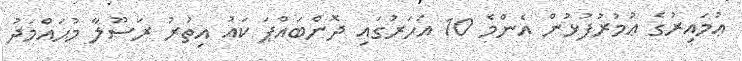
ޢުމައިރުގެ ޢުމުރުފުޅުން އެންމެ 10 އަހަރުގައި ދޮންބައްޕަ ކައު އިތުރު ރަސޫލާ މުޙައްމަދު